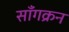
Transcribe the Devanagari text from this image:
साँगक्रन